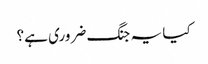
کیا یہ جنگ ضروری ہے؟